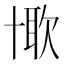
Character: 𠦰